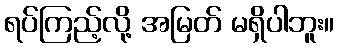
ရပ်ကြည့်လို့ အမြတ် မရှိပါဘူး။